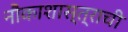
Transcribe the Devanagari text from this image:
नौकाशास्त्राची